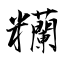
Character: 糷